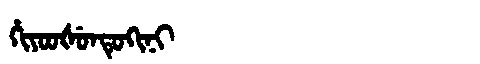
Manchu: ᡥᡳᠶᠣᠣᡧᡠᠨᡨᡠᡴᡳᠨᡳ
Romanization: HIYOOŠUNTUKINI